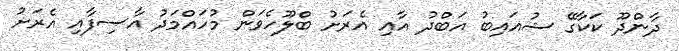
ދާންދޫ ކަކާގޭ ޝުއައިބު އަބްދު އާއި އެރަށު ބްލޫހެވަން މުހައްމަދު އާސިފާއި އެރަށު